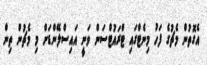
އެގޮތުން މެޗުގެ ފަހު މިނެޓްގައި ޓްރައުޓްސަން ވަނީ އައިސްލޭންޑަށް މި މެޗުން ތިން